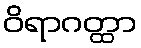
ဝိရာဂတ္ထာ